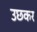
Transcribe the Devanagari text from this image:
उछकर